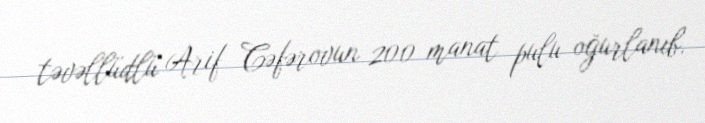
təvəllüdlü Arif Cəfərovun 200 manat pulu oğurlanıb.